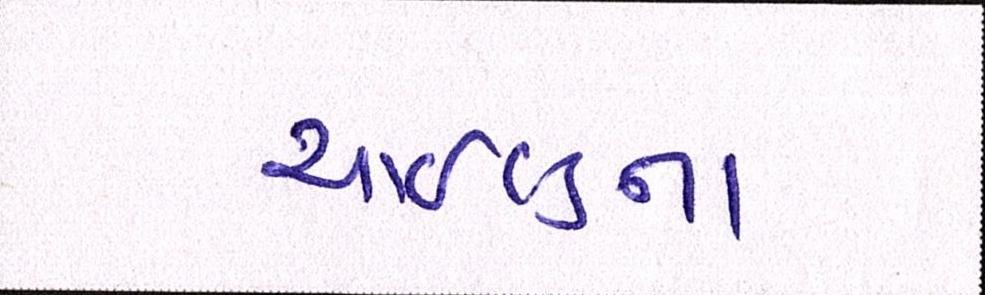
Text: ચાઇલ્ડના